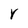
Character: Y